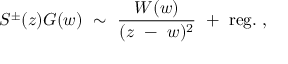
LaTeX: S ^ { \pm } ( z ) G ( w ) { } ~ \sim { } ~ { \frac { W ( w ) } { ( z { } ~ - { } ~ w ) ^ { 2 } } } { } ~ + { } ~ \mathrm { r e g } . { } ~ ,